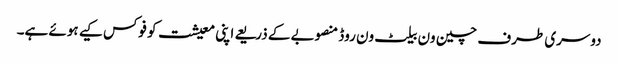
دوسری طرف چین ون بیلٹ ون روڈ منصوبے کے ذریعے اپنی معیشت کو فوکس کیے ہوئے ہے۔